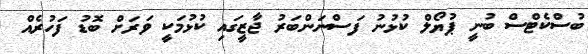
ބުސްކެޓްސް ބުނީ ޕުޔޯލް ކުޅުނު ފަސްނަންބަރު ޖާޒީގައި ކުޅުމަކީ ވަރަށް ބޮޑު ފަހުރެއް